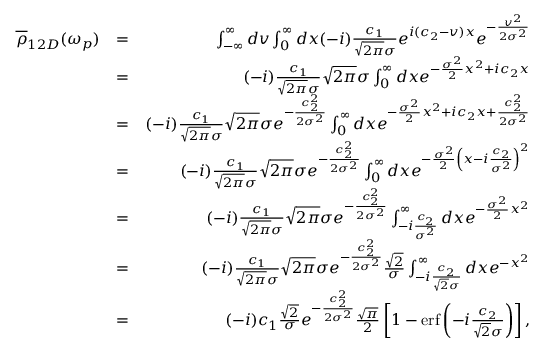
\begin{array} { r l r } { \overline { \rho } _ { 1 2 D } ( \omega _ { p } ) } & { = } & { \int _ { - \infty } ^ { \infty } d v \int _ { 0 } ^ { \infty } d x ( - i ) \frac { c _ { 1 } } { \sqrt { 2 \pi } \sigma } e ^ { i ( c _ { 2 } - v ) x } e ^ { - \frac { v ^ { 2 } } { 2 \sigma ^ { 2 } } } } \\ & { = } & { ( - i ) \frac { c _ { 1 } } { \sqrt { 2 \pi } \sigma } \sqrt { 2 \pi } \sigma \int _ { 0 } ^ { \infty } d x e ^ { - \frac { \sigma ^ { 2 } } { 2 } x ^ { 2 } + i c _ { 2 } x } } \\ & { = } & { ( - i ) \frac { c _ { 1 } } { \sqrt { 2 \pi } \sigma } \sqrt { 2 \pi } \sigma e ^ { - \frac { c _ { 2 } ^ { 2 } } { 2 \sigma ^ { 2 } } } \int _ { 0 } ^ { \infty } d x e ^ { - \frac { \sigma ^ { 2 } } { 2 } x ^ { 2 } + i c _ { 2 } x + \frac { c _ { 2 } ^ { 2 } } { 2 \sigma ^ { 2 } } } } \\ & { = } & { ( - i ) \frac { c _ { 1 } } { \sqrt { 2 \pi } \sigma } \sqrt { 2 \pi } \sigma e ^ { - \frac { c _ { 2 } ^ { 2 } } { 2 \sigma ^ { 2 } } } \int _ { 0 } ^ { \infty } d x e ^ { - \frac { \sigma ^ { 2 } } { 2 } \left( x - i \frac { c _ { 2 } } { \sigma ^ { 2 } } \right) ^ { 2 } } } \\ & { = } & { ( - i ) \frac { c _ { 1 } } { \sqrt { 2 \pi } \sigma } \sqrt { 2 \pi } \sigma e ^ { - \frac { c _ { 2 } ^ { 2 } } { 2 \sigma ^ { 2 } } } \int _ { - i \frac { c _ { 2 } } { \sigma ^ { 2 } } } ^ { \infty } d x e ^ { - \frac { \sigma ^ { 2 } } { 2 } x ^ { 2 } } } \\ & { = } & { ( - i ) \frac { c _ { 1 } } { \sqrt { 2 \pi } \sigma } \sqrt { 2 \pi } \sigma e ^ { - \frac { c _ { 2 } ^ { 2 } } { 2 \sigma ^ { 2 } } } \frac { \sqrt { 2 } } { \sigma } \int _ { - i \frac { c _ { 2 } } { \sqrt { 2 } \sigma } } ^ { \infty } d x e ^ { - x ^ { 2 } } } \\ & { = } & { ( - i ) c _ { 1 } \frac { \sqrt { 2 } } { \sigma } e ^ { - \frac { c _ { 2 } ^ { 2 } } { 2 \sigma ^ { 2 } } } \frac { \sqrt { \pi } } { 2 } \left[ 1 - \mathrm { e r f } \left( - i \frac { c _ { 2 } } { \sqrt { 2 } \sigma } \right) \right] , } \end{array}